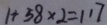
1 + 5 8 \times 2 = 1 1 7